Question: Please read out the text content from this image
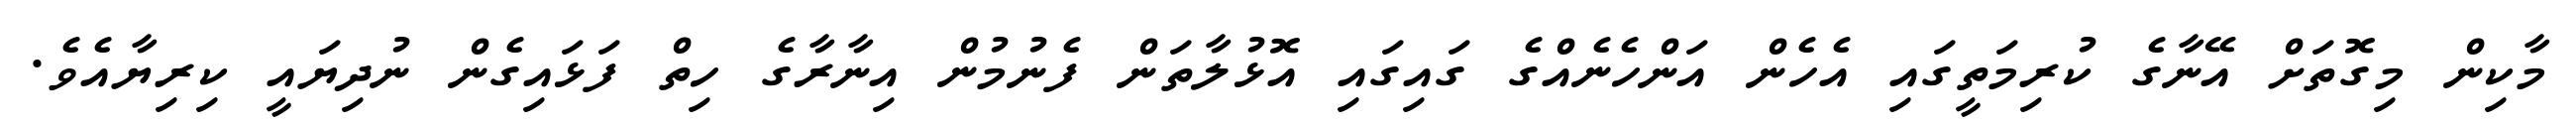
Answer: މާކިން މިގޮތަށް އޭނާގެ ކުރިމަތީގައި އެހެން އަންހެނެއްގެ ގައިގައި އޮޅުލާތަން ފެނުމުން އިނާރާގެ ހިތް ފަޅައިގެން ނުދިޔައީ ކިރިޔާއެވެ.